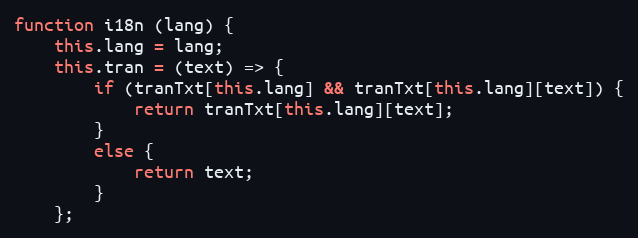
Language: JavaScript
function i18n (lang) {
    this.lang = lang;
    this.tran = (text) => {
        if (tranTxt[this.lang] && tranTxt[this.lang][text]) {
            return tranTxt[this.lang][text];
        }
        else {
            return text;
        }
    };